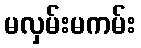
မလှမ်းမကမ်း